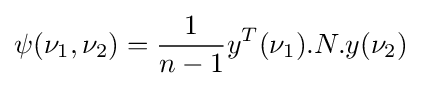
\psi (\nu _{1},\nu _{2})={\frac {1}{n-1}}y^{T}(\nu _{1}).N.y(\nu _{2})